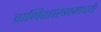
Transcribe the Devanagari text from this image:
प्राणिशास्त्रामध्ये